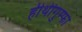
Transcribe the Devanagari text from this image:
हीथीगुम्फा